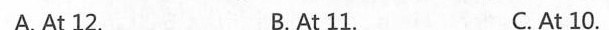
A. At 12. B. At 11. C. At 10.